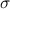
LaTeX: \textstyle { \boldsymbol { \sigma } }